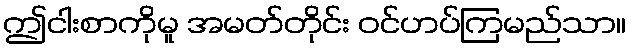
ဤငါးစာကိုမူ အမတ်တိုင်း ဝင်ဟပ်ကြမည်သာ။